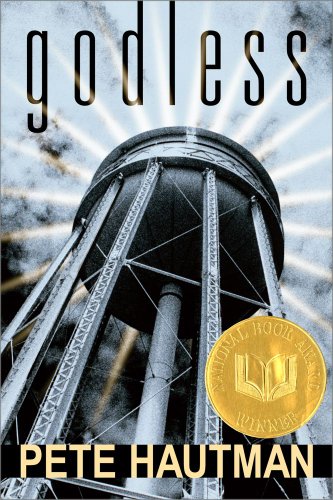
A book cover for Godless; Pete Hautman; Teen & Young Adult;